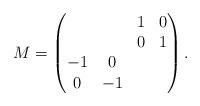
LaTeX: \begin{align*} M & = \begin{pmatrix} & & 1 & 0 \\ & & 0 & 1 \\ -1 & 0& & \\ 0 & -1 & & \end{pmatrix}. \end{align*}